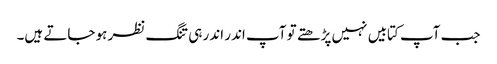
جب آپ کتابیں نہیں پڑھتے تو آپ اندر اندر ہی تنگ نظر ہو جاتے ہیں۔